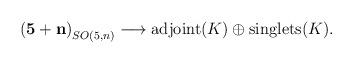
LaTeX: \begin{align*}\mathbf{(5+n)}_{SO(5,n)}\longrightarrow \textrm{adjoint}(K)\oplus\textrm{singlets}(K).\end{align*}